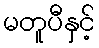
မတူပီနှင့်